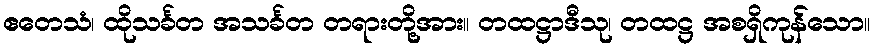
ဧတေသံ၊ ထိုသင်္ခတ အသင်္ခတ တရားတို့အား။ တထဋ္ဌာဒီသု၊ တထဋ္ဌ အစရှိကုန်သော။